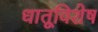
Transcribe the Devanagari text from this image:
धातूविशेष